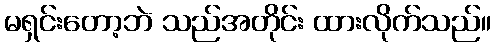
မရှင်းတော့ဘဲ သည်အတိုင်း ထားလိုက်သည်။